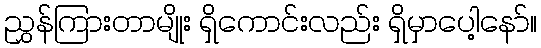
ညွှန်ကြားတာမျိုး ရှိကောင်းလည်း ရှိမှာပေါ့နော်။